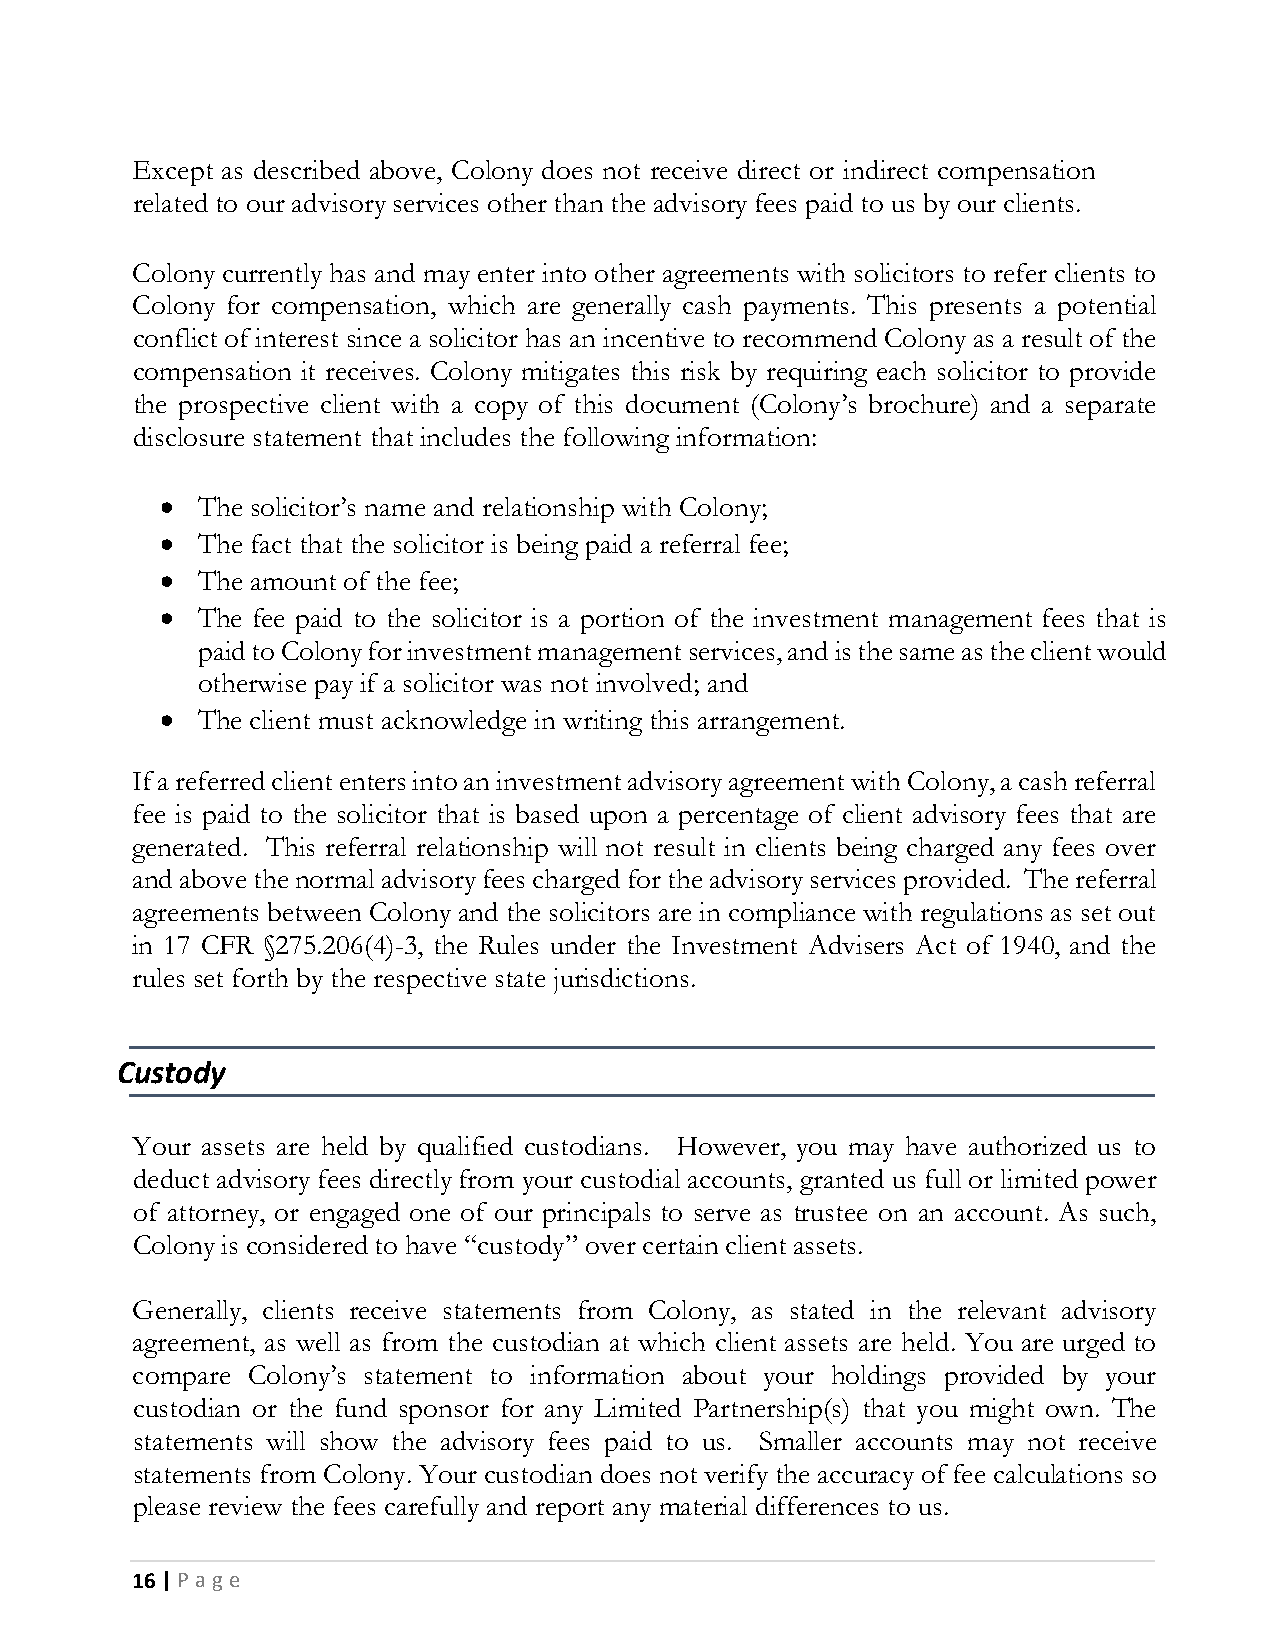
Except as described above, Colony does not receive direct or indirect compensation
 related to our advisory services other than the advisory fees paid to us by our clients.
 Colony currently has and may enter into other agreements with solicitors to refer clients to
 Colony for compensation, which are generally cash payments. This presents a potential
 conflict of interest since a solicitor has an incentive to recommend Colony as a result of the
 compensation it receives. Colony mitigates this risk by requiring each solicitor to provide
 the prospective client with a copy of this document (Colony’s brochure) and a separate
 disclosure statement that includes the following information:
 • The solicitor’s name and relationship with Colony;
 • The fact that the solicitor is being paid a referral fee;
 • The amount of the fee;
 • The fee paid to the solicitor is a portion of the investment management fees that is
 paid to Colony for investment management services, and is the same as the client would
 otherwise pay if a solicitor was not involved; and
 • The client must acknowledge in writing this arrangement.
 If a referred client enters into an investment advisory agreement with Colony, a cash referral
 fee is paid to the solicitor that is based upon a percentage of client advisory fees that are
 generated. This referral relationship will not result in clients being charged any fees over
 and above the normal advisory fees charged for the advisory services provided. The referral
 agreements between Colony and the solicitors are in compliance with regulations as set out
 in 17 CFR §275.206(4)-3, the Rules under the Investment Advisers Act of 1940, and the
 rules set forth by the respective state jurisdictions.
 Custody
 Your assets are held by qualified custodians. However, you may have authorized us to
 deduct advisory fees directly from your custodial accounts, granted us full or limited power
 of attorney, or engaged one of our principals to serve as trustee on an account. As such,
 Colony is considered to have “custody” over certain client assets.
 Generally, clients receive statements from Colony, as stated in the relevant advisory
 agreement, as well as from the custodian at which client assets are held. You are urged to
 compare Colony’s statement to information about your holdings provided by your
 custodian or the fund sponsor for any Limited Partnership(s) that you might own. The
 statements will show the advisory fees paid to us. Smaller accounts may not receive
 statements from Colony. Your custodian does not verify the accuracy of fee calculations so
 please review the fees carefully and report any material differences to us.
 16 | P a g e